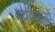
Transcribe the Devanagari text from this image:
वयवसायों